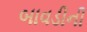
બાવડીની